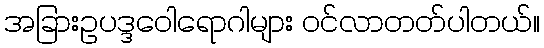
အခြားဥပဒ္ဒဝေါရောဂါများ ဝင်လာတတ်ပါတယ်။